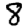
Digit: 8